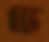
চে